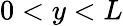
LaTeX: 0<y<L